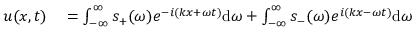
\begin{array} { r l } { u ( x , t ) } & { { } = \int _ { - \infty } ^ { \infty } s _ { + } ( \omega ) e ^ { - i ( k x + \omega t ) } \mathrm { d } \omega + \int _ { - \infty } ^ { \infty } s _ { - } ( \omega ) e ^ { i ( k x - \omega t ) } \mathrm { d } \omega } \end{array}